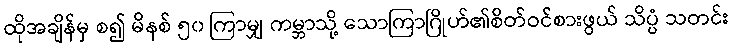
ထိုအချိန်မှ စ၍ မိနစ် ၅၀ ကြာမျှ ကမ္ဘာသို့ သောကြာဂြိုဟ်၏စိတ်ဝင်စားဖွယ် သိပ္ပံ သတင်း